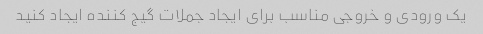
یک ورودی و خروجی مناسب برای ایجاد جملات گیج کننده ایجاد کنید